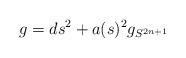
LaTeX: \begin{align*}g = ds^2 + a(s)^2 g_{S^{2n+1}}\end{align*}